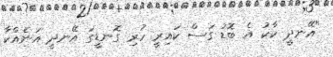
"އޭނދީ ކާކު އެ ބޮޑު ގަސް ކައިރީ ހުރި ގޮނޑީގަ އޭނދީ އަނެއްކާ